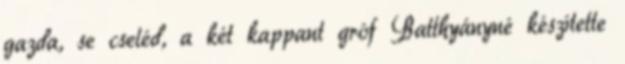
gazda, se cseléd, a két kappant gróf Batthyányné készítette